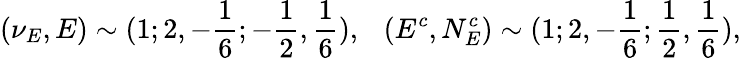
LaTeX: (\nu_{E},E)\sim(1;2,-{\frac{1}{6}};-{\frac{1}{2}},{\frac{1}{6}}),~~~(E^{c},N_{E}^{c})\sim(1;2,-{\frac{1}{6}};{\frac{1}{2}},{\frac{1}{6}}),